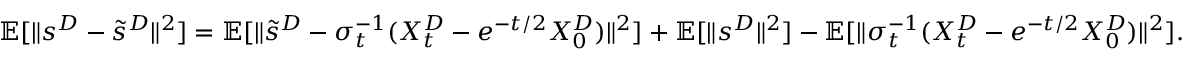
\mathbb { E } [ \| s ^ { D } - \tilde { s } ^ { D } \| ^ { 2 } ] = \mathbb { E } [ \| \tilde { s } ^ { D } - \sigma _ { t } ^ { - 1 } ( X _ { t } ^ { D } - e ^ { - t / 2 } X _ { 0 } ^ { D } ) \| ^ { 2 } ] + \mathbb { E } [ \| s ^ { D } \| ^ { 2 } ] - \mathbb { E } [ \| \sigma _ { t } ^ { - 1 } ( X _ { t } ^ { D } - e ^ { - t / 2 } X _ { 0 } ^ { D } ) \| ^ { 2 } ] .